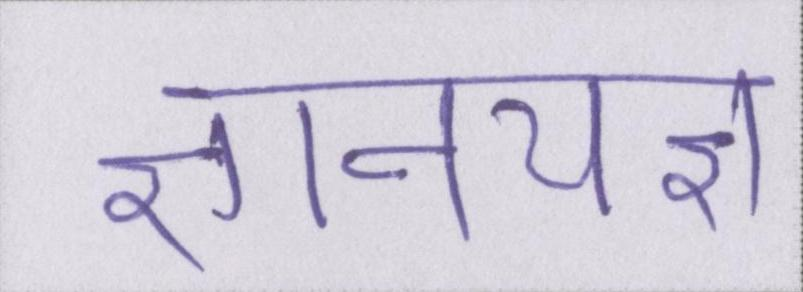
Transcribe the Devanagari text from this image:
ज्ञानयज्ञ